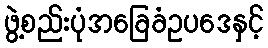
ဖွဲ့စည်းပုံအခြေခံဥပဒေနှင့်